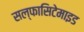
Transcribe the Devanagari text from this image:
सल्फासिटेमाइड